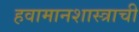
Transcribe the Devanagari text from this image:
हवामानशास्त्राची